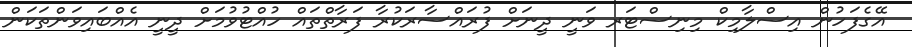
އޭގެފަހުން އިސްލާމިކް މިނިސްޓަރ ވަނީ ދީނަށް ފުރައްސާރަކުރާ ފަރާތްތައް ހުއްޓުވުމަށް ދީނީ އެއްބަައިވަންތަކަން